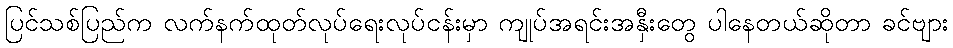
ပြင်သစ်ပြည်က လက်နက်ထုတ်လုပ်ရေးလုပ်ငန်းမှာ ကျုပ်အရင်းအနှီးတွေ ပါနေတယ်ဆိုတာ ခင်ဗျား